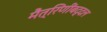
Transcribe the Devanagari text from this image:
मैत्रिणींबद्दल